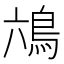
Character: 𮬭